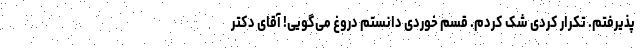
پذیرفتم. تکرار کردی شک کردم. قسم خوردی دانستم دروغ می‌گویی! آقای دکتر